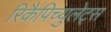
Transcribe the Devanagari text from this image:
रिकैपिच्युलेट्स